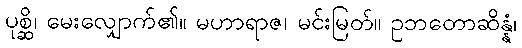
ပုစ္ဆိ၊ မေးလျှောက်၏။ မဟာရာဇ၊ မင်းမြတ်။ ဥဘတောဆိန္နံ၊